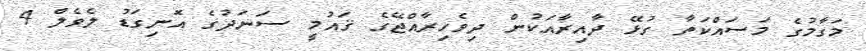
މަގާމުގެ މަސައްކަތާ ގުޅޭ ދާއިރާއަކުން ދިވެހިރާއްޖޭގެ ޤައުމީ ސަނަދުގެ އޮނިގަޑު ލެވެލް 4